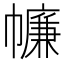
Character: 𢅏